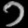
Digit: ၁